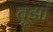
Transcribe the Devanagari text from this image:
बूझां